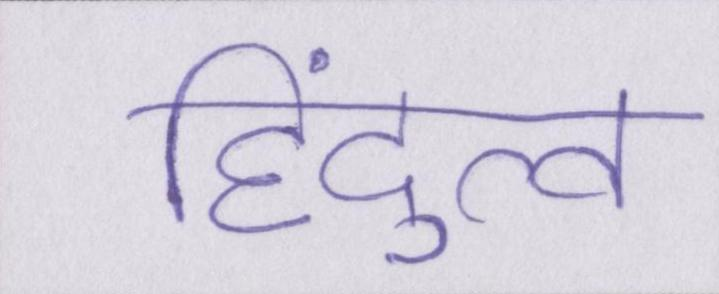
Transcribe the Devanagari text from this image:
हिंदुत्व